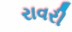
રાવરી